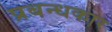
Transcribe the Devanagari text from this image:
प्रबन्धकार